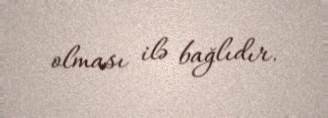
olması ilə bağlıdır.